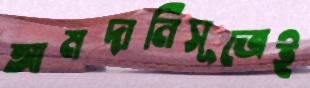
আমদানিসূত্রেই